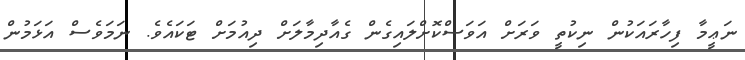
ނަޢީމާ ފިހާރައަކުން ނިކުތީ ވަރަށް އަވަސްކޮށްލައިގެން ގެއާދިމާލަށް ދިއުމަށް ޓަކައެވެ. ނަމަވެސް އަޅަމުން